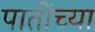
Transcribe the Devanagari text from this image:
पातींच्या